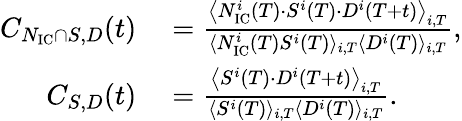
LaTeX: \begin{array}{rl}{C_{N_{\textrm{IC}}\cap S,D}(t)}&{{}=\frac{\big\langle N_{\textrm{IC}}^{i}(T)\cdot S^{i}(T)\cdot D^{i}(T+t)\big\rangle_{i,T}}{{\langle N_{\textrm{IC}}^{i}(T)S^{i}(T)\rangle_{i,T}\langle D^{i}(T)\rangle_{i,T}}},}\\ {C_{S,D}(t)}&{{}=\frac{\big\langle S^{i}(T)\cdot D^{i}(T+t)\big\rangle_{i,T}}{\langle S^{i}(T)\rangle_{i,T}\langle D^{i}(T)\rangle_{i,T}}.}\end{array}